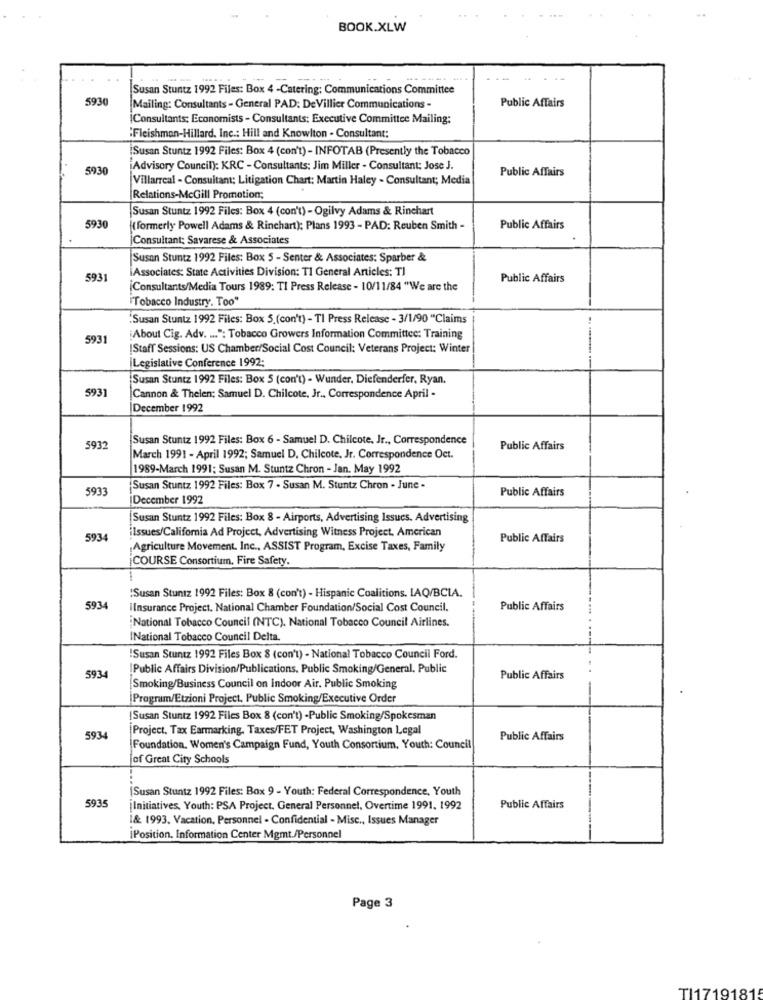
BOOK.XLW
Susan Stuntz 1992 Files: Box 4 -Catering; Communications Committee
5930
Public Affairs
Mailing: Consultants - General PAD: DeVillier Communications -
Consultants: Economists - Consultants: Executive Committee Mailing:
:Fleishman-Hillard. Inc .: Hill and Knowlton - Consultant:
Susan Stuntz 1992 Files: Box 4 (con't) - INFOTAB (Presently the Tobacco
5930
Advisory Council): KRC - Consultants: Jim Miller - Consultant: Jose J.
Public Affairs
Villarreal - Consultant; Litigation Chart: Martin Haley - Consultant; Media
Relations-McGill Promotion;
Susan Stuntz 1992 Files: Box 4 (con't) - Ogilvy Adams & Rinchart
5930
( formerly Powell Adams & Rinchart); Plans 1993 - PAD: Reuben Smith -
Public Affairs
Consultant: Savarese & Associates
Susan Stuntz 1992 Files: Box 5 - Senter & Associates: Sparber &
Associates: State Activities Division: TI General Articles: Tl
5931
Public Affairs
Consultants/Media Tours 1989: TI Press Release - 10/11/84 "We are the
"Tobacco Industry. Too"
Susan Stuntz 1992 Files: Box 5.(con't) - TI Press Release - 3/1/90 "Claims
5931
About Cig. Adv. ... ": Tobacco Growers Information Committee: Training
[Staff Sessions: US Chamber/Social Cost Council: Veterans Project: Winter
Legislative Conference 1992:
Susan Stuntz 1992 Files: Box 5 (con't) - Wunder, Diefenderfer, Ryan.
5931
Cannon & Thelen: Samuel D. Chilcote, Jr ., Correspondence April -
December 1992
Susan Stuntz 1992 Files: Box 6 - Samuel D. Chilcote, Jr ., Correspondence
5932
Public Affairs
March 1991 - April 1992; Samuel D, Chilcote, Jr. Correspondence Oct.
1989-March 1991; Susan M. Stuntz Chron - Jan. May 1992
5933
Susan Stuntz 1992 Files: Box 7 . Susan M. Stuntz Chron - June -
Public Affairs
December 1992
Susan Stuntz 1992 Files: Box 8 - Airports, Advertising Issues. Advertising
iIssues/California Ad Project, Advertising Witness Project, American
5934
Public Affairs
Agriculture Movement. Inc ., ASSIST Program, Excise Taxes, Family
COURSE Consortium, Fire Safety.
:Susan Stuntz 1992 Files: Box 8 (con't) - Hispanic Coalitions. IAQ/BCLA.
5934
IInsurance Project. National Chamber Foundation/Social Cost Council.
Public Affairs
National Tobacco Council (NTC). National Tobacco Council Airlines.
INational Tobacco Council Delta.
!Susan Stuntz 1992 Files Box 8 (con't) - National Tobacco Council Ford.
!Public Affairs Division/Publications, Public Smoking/General. Public
5934
Public Affairs
Smoking/Business Council on Indoor Air. Public Smoking
Program/Etzioni Project, Public Smoking/Executive Order
Susan Stuntz 1992 Files Box 8 (con't) -Public Smoking/Spokesman
Project. Tax Earmarking, Taxes/FET Project, Washington Legal
5934
Public Affairs
Foundation. Women's Campaign Fund, Youth Consortium, Youth: Council
of Great City Schools
[Susan Stuntz 1992 Files: Box 9 - Youth: Federal Correspondence, Youth
5935
¡Initiatives. Youth: PSA Project. General Personnel, Overtime 1991. 1992
Public Affairs
1& 1993. Vacation, Personnel - Confidential - Misc ., Issues Manager
iPosition, Information Center Mgmt./Personnel
Page 3
TI17191815